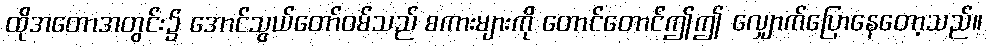
ထိုအတောအတွင်း၌ အောင်သွယ်တော်ဝမ်သည် စကားများကို တောင်တောင်ဤဤ လျှောက်ပြောနေတော့သည်။